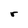
Character: r